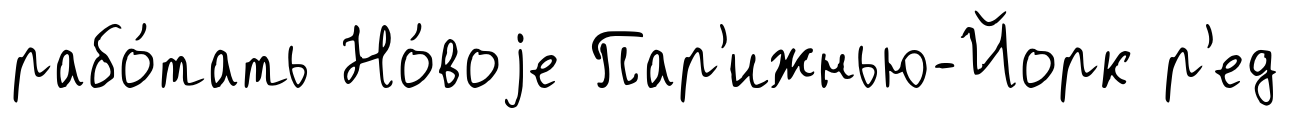
рабо́тать Но́воjе Пар'ижнью-Йорк р'ед